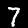
Digit: 7